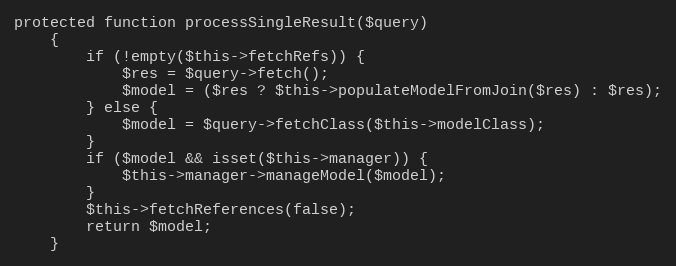
Language: PHP
protected function processSingleResult($query)
    {
        if (!empty($this->fetchRefs)) {
            $res = $query->fetch();
            $model = ($res ? $this->populateModelFromJoin($res) : $res);
        } else {
            $model = $query->fetchClass($this->modelClass);
        }
        if ($model && isset($this->manager)) {
            $this->manager->manageModel($model);
        }
        $this->fetchReferences(false);
        return $model;
    }